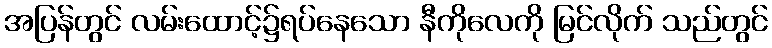
အပြန်တွင် လမ်းထောင့်၌ရပ်နေသော နီကိုလေကို မြင်လိုက် သည်တွင်